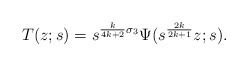
\begin{align*}T(z;s)=s^{\frac{k}{4k+2}\sigma_3}\Psi(s^{\frac{2k}{2k+1}}z;s).\end{align*}